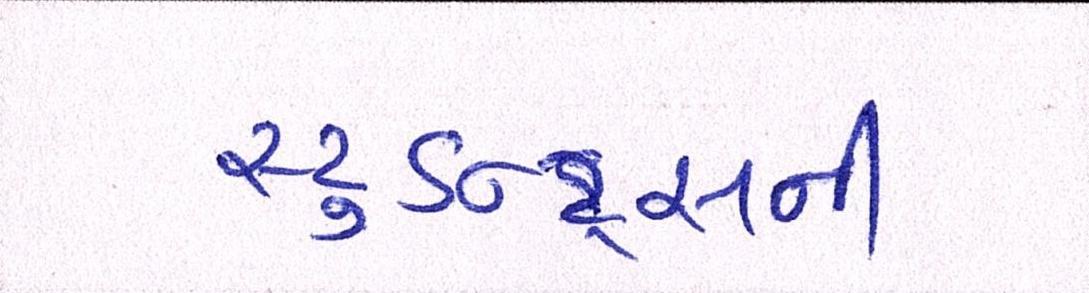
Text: સ્ટુડન્ટ્સની